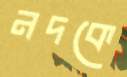
নদকে